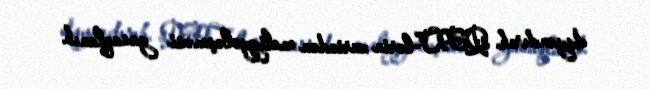
dayandırıb, QHT-lərin xaricdən maliyyələşməsi yasaqlanıb.